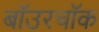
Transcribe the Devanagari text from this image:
बॉउरचॉक